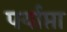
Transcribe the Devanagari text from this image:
पर्याप्ता